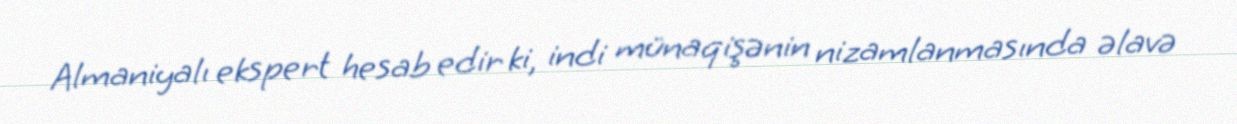
Almaniyalı ekspert hesab edir ki, indi münaqişənin nizamlanmasında əlavə